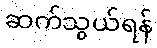
ဆက်သွယ်ရန်